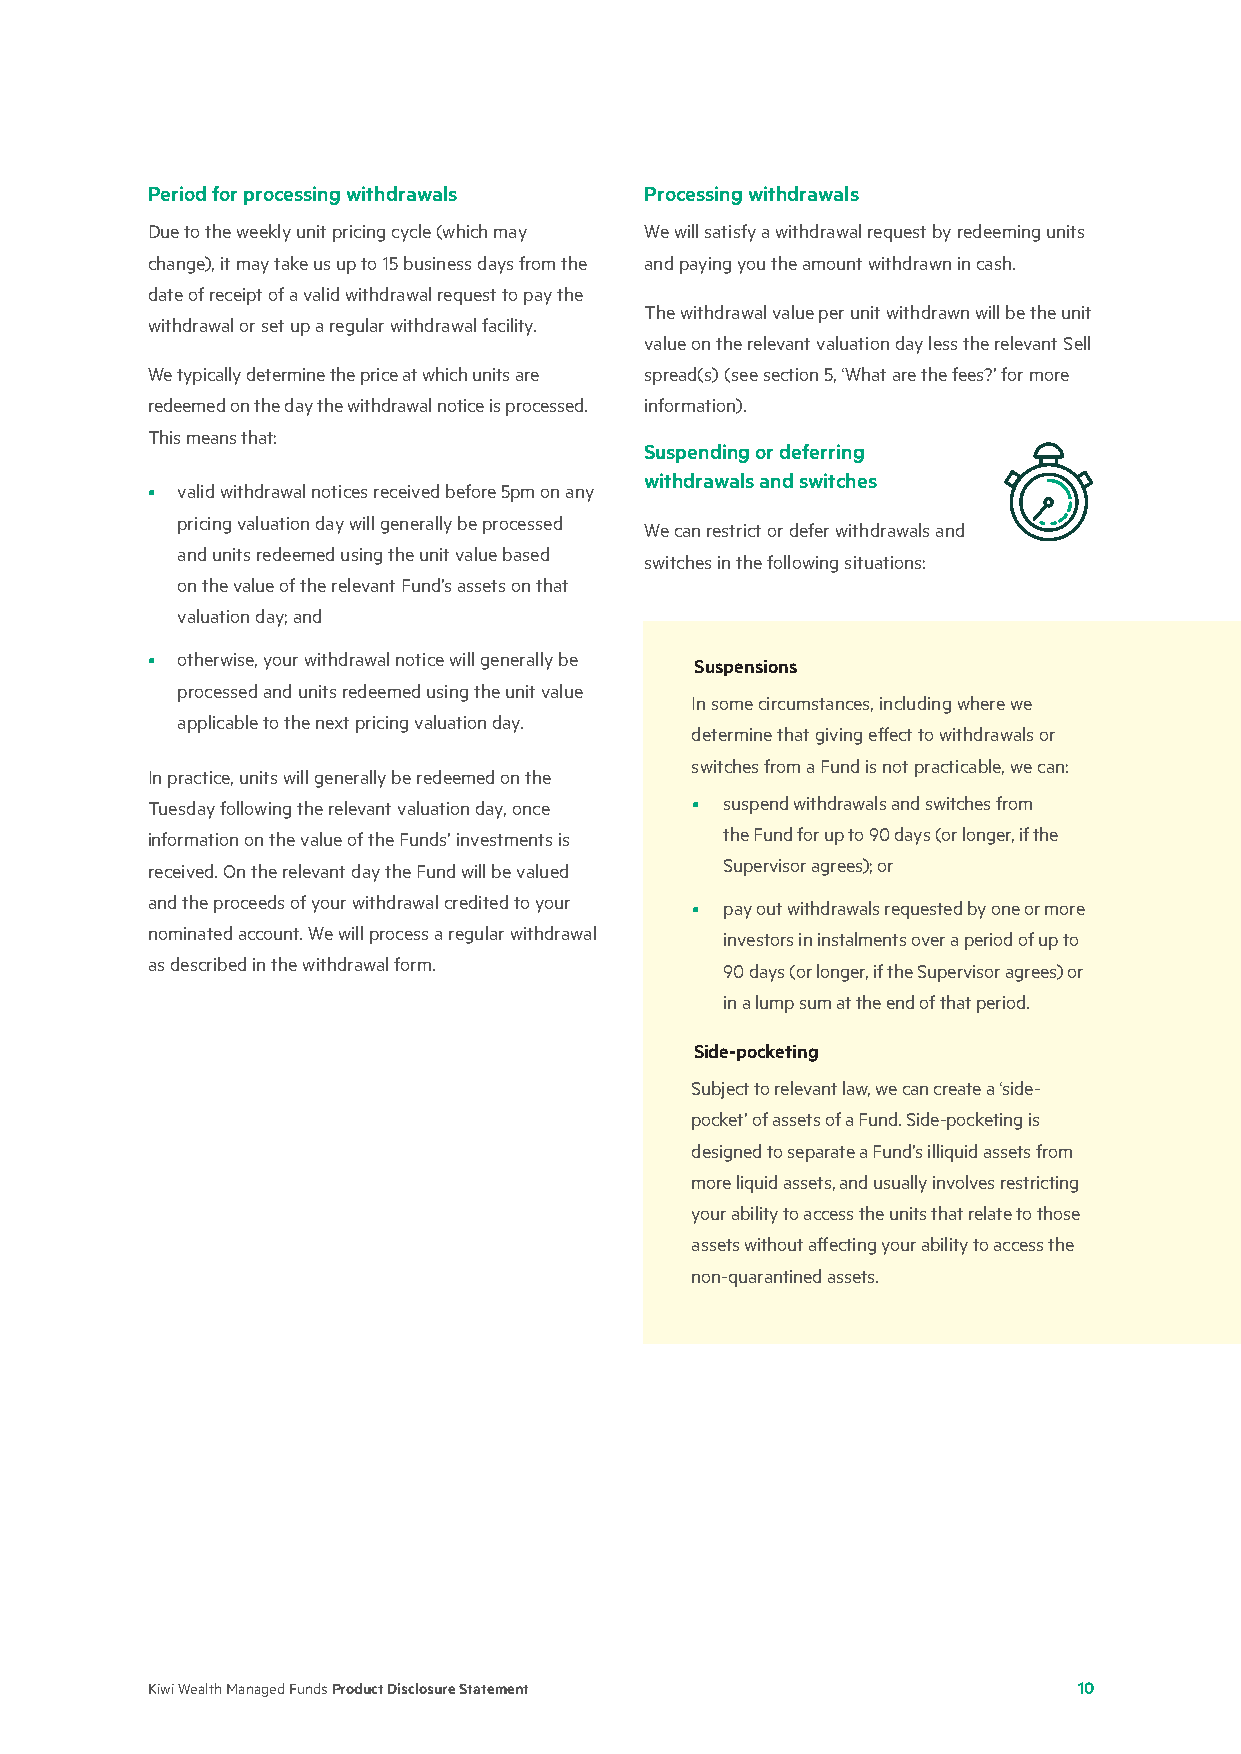
Period for processing withdrawals Processing withdrawals
 Due to the weekly unit pricing cycle (which may We will satisfy a withdrawal request by redeeming units
 change), it may take us up to 15 business days from the and paying you the amount withdrawn in cash.
 date of receipt of a valid withdrawal request to pay the
 The withdrawal value per unit withdrawn will be the unit
 withdrawal or set up a regular withdrawal facility.
 value on the relevant valuation day less the relevant Sell
 We typically determine the price at which units are spread(s) (see section 5, ‘What are the fees?’ for more
 redeemed on the day the withdrawal notice is processed. information).
 This means that:
 Suspending or deferring
 withdrawals and switches
 • valid withdrawal notices received before 5pm on any
 pricing valuation day will generally be processed
 We can restrict or defer withdrawals and
 and units redeemed using the unit value based
 switches in the following situations:
 on the value of the relevant Fund’s assets on that
 valuation day; and
 • otherwise, your withdrawal notice will generally be
 Suspensions
 processed and units redeemed using the unit value
 In some circumstances, including where we
 applicable to the next pricing valuation day.
 determine that giving effect to withdrawals or
 switches from a Fund is not practicable, we can:
 In practice, units will generally be redeemed on the
 Tuesday following the relevant valuation day, once • suspend withdrawals and switches from
 information on the value of the Funds’ investments is the Fund for up to 90 days (or longer, if the
 received. On the relevant day the Fund will be valued Supervisor agrees); or
 and the proceeds of your withdrawal credited to your
 • pay out withdrawals requested by one or more
 nominated account. We will process a regular withdrawal
 investors in instalments over a period of up to
 as described in the withdrawal form.
 90 days (or longer, if the Supervisor agrees) or
 in a lump sum at the end of that period.
 Side-pocketing
 Subject to relevant law, we can create a ‘side-
 pocket’ of assets of a Fund. Side-pocketing is
 designed to separate a Fund’s illiquid assets from
 more liquid assets, and usually involves restricting
 your ability to access the units that relate to those
 assets without affecting your ability to access the
 non-quarantined assets.
 Kiwi Wealth Managed Funds Product Disclosure Statement       10